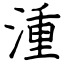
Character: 湩